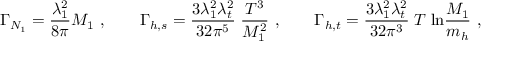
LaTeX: \Gamma _ { N _ { 1 } } = \frac { \lambda _ { 1 } ^ { 2 } } { 8 \pi } M _ { 1 } \ , \qquad \Gamma _ { h , s } = \frac { 3 \lambda _ { 1 } ^ { 2 } \lambda _ { t } ^ { 2 } } { 3 2 \pi ^ { 5 } } \; \frac { T ^ { 3 } } { M _ { 1 } ^ { 2 } } \ , \qquad \Gamma _ { h , t } = \frac { 3 \lambda _ { 1 } ^ { 2 } \lambda _ { t } ^ { 2 } } { 3 2 \pi ^ { 3 } } \; T \; \mathrm { l n } \frac { M _ { 1 } } { m _ { h } } \ ,